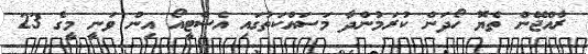
ރާއްޖޭން ތެޔޮ ހޯދަން ކުރަމުންދާ މަސައްކަތުގައި އެސްޓީއޯ އިން ވަނީ މީގެ 23